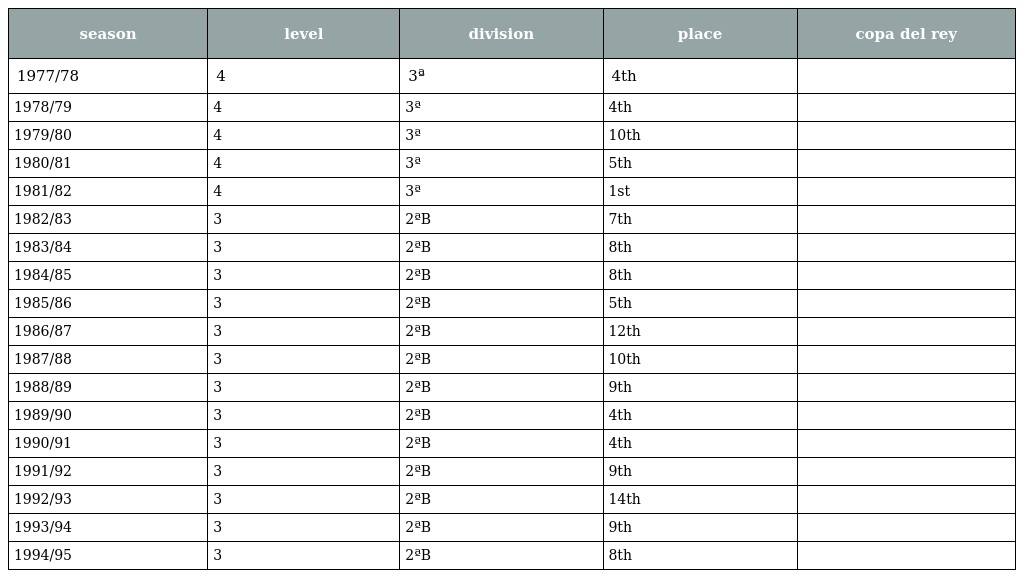
| season | level | division | place | copa del rey |
 | --- | --- | --- | --- | --- |
 | 1977/78 | 4 | 3ª | 4th |  |
 | 1978/79 | 4 | 3ª | 4th |  |
 | 1979/80 | 4 | 3ª | 10th |  |
 | 1980/81 | 4 | 3ª | 5th |  |
 | 1981/82 | 4 | 3ª | 1st |  |
 | 1982/83 | 3 | 2ªB | 7th |  |
 | 1983/84 | 3 | 2ªB | 8th |  |
 | 1984/85 | 3 | 2ªB | 8th |  |
 | 1985/86 | 3 | 2ªB | 5th |  |
 | 1986/87 | 3 | 2ªB | 12th |  |
 | 1987/88 | 3 | 2ªB | 10th |  |
 | 1988/89 | 3 | 2ªB | 9th |  |
 | 1989/90 | 3 | 2ªB | 4th |  |
 | 1990/91 | 3 | 2ªB | 4th |  |
 | 1991/92 | 3 | 2ªB | 9th |  |
 | 1992/93 | 3 | 2ªB | 14th |  |
 | 1993/94 | 3 | 2ªB | 9th |  |
 | 1994/95 | 3 | 2ªB | 8th |  |